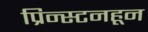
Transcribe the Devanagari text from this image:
प्रिन्स्टनहून